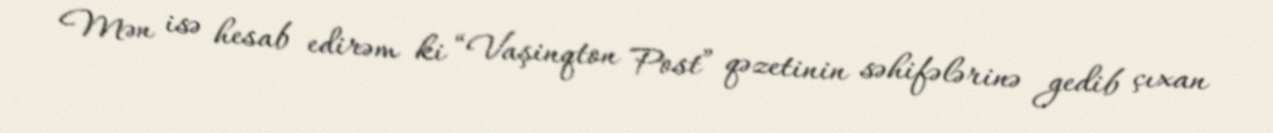
Mən isə hesab edirəm ki “Vaşinqton Post” qəzetinin səhifələrinə gedib çıxan